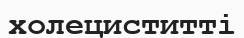
холециститті